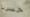
خسرنا